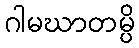
ဂါမဃာတမ္ပိ